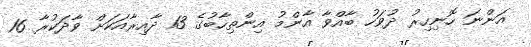
އަންނަ ހޮނިހިރު ދުވަހު ބާއްވާ އާންމު އިންތިހާބުގެ 13 ދާއިރާއަކަށް ވާދަކުރާ 16